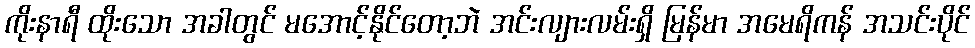
ကိုးနာရီ ထိုးသော အခါတွင် မအောင့်နိုင်တော့ဘဲ အင်းလျားလမ်းရှိ မြန်မာ အမေရိကန် အသင်းပိုင်